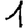
Digit: 1